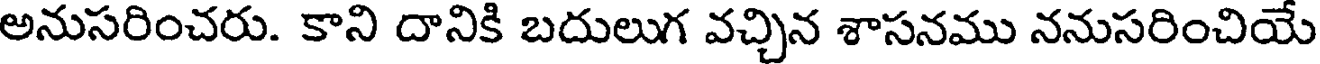
అనుసరించరు. కాని దానికి బదులుగ వచ్చిన శాసనము ననుసరించియే